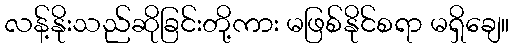
လန့်နိုးသည်ဆိုခြင်းတို့ကား မဖြစ်နိုင်စရာ မရှိချေ။